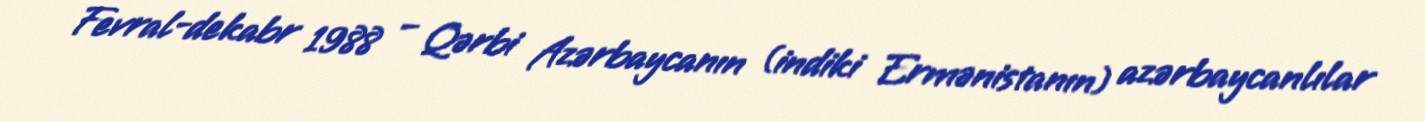
Fevral-dekabr 1988 – Qərbi Azərbaycanın (indiki Ermənistanın) azərbaycanlılar